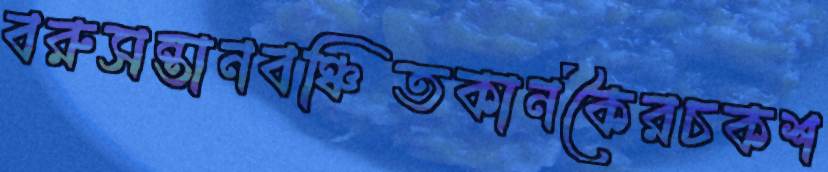
বরুসন্তানবঞ্চিতকানকৈরচকশ